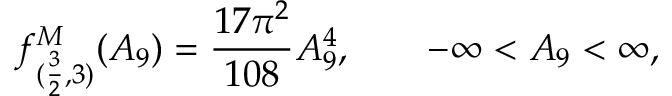
f _ { ( \frac { 3 } { 2 } , 3 ) } ^ { M } ( A _ { 9 } ) = \frac { 1 7 \pi ^ { 2 } } { 1 0 8 } A _ { 9 } ^ { 4 } , \qquad - \infty < A _ { 9 } < \infty ,